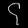
Digit: ၄